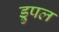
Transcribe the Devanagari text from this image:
ड्रुपल